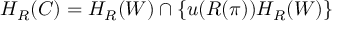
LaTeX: H _ { R } ( C ) = H _ { R } ( W ) \cap \left\{ u ( R ( \pi ) ) H _ { R } ( W ) \right\}